King Institute of Preventive Medicine Micro-Biological Section reports 1909-11
Year: 1909
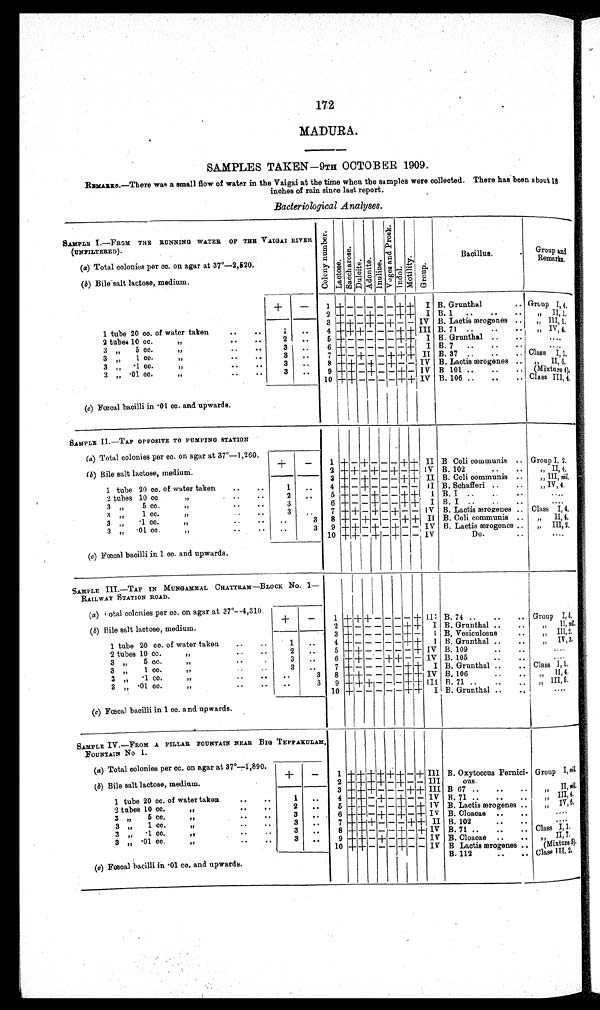
172
MADURA.
SAMPLES TAKEN—9TH OCTOBER 1909.
REMARKS.—There was a small flow of water in the Vaigai at the time when the samples were collected. There has been about 18
inches of rain since last report.
Bacteriological Analyses.
SAMPLE I.—FROM THE RUNNING WATER OF THE VAIGAI RIVER
(UNFILTERED)
C o l o n y n u m b e r .
L a c t o s e .
S a c c h a r o s e .
Du l c i t e . A d o n i t e . I n u l i n e .
V o g e s a n d P r o s k .
I ndol .
Mot i l i t y. Gr o u p .
Bacillus.
. . Group and
Remarks.
(a) Total colonies per cc. on agar at 37°—2,520.
(b) Bile salt lactose, medium.
+
-
1 + - - - - - +
+ I B. Grunthal
.. Group
I, 4.
2 + - -
+ - - + + I B. 1 ..
..
.. „ II, 1.
3 + + - + - + - - IV B. Lactis ærogenes ..
, ,
III, 1.
1 tube 20 cc. of water taken
..
..
1 ..
4 + + + - -
-
+ + III B. 71 ..
..
..
„
IV, 4.
2 tubes 10 cc.
,,
..
..
2 ..
5 + - - - - - + + I B. Grunthal ..
. .
. . . .
3 „ 5 cc.
,,
. .
. .
3 ..
6 + - - - - - - + I B. 7 ..
..
..
. . . .
3 „ 1 cc.
,,
..
..
3
. .
7 + - + - - + + + II B. 37 ..
..
.. Class I, 1.
3 , , .1 cc.
,,
..
. .
3
. . 8 + + - + - + - - IV B. Lactis ærogenes .. , ,
I I , 5 .
3 „
. 0 1 c c .
,,
. .
3 ..
9 + + - + - - + - IV B 101 ..
..
.. (Mixture 4).
10 + + - - - - +
+ IV B. 106 ..
..
.. Class III, 4.
(c) Fœcal bacilli in .01 cc. and upwards.
SAMPLE II. —TAP OPPOSITE TO PUMPING STATION
(a ) Total colonies per cc. on agar at 37°—1,260.
+
-
1 + - + - - - + + II B Coli communis .. Group I, 2.
(b) Bile salt lactose, medium.
2 + + - + - + - + IV B. 102
..
, , II, 4.
3 + - + - - - + + II B. Coli communis ..
„ III, nil.
1 tube 20 cc. of water taken ..
..
1 ..
4 + - + - - - - - II B. Schafferi ..
..
„ IV, 4.
2 tubes 10 cc
, ,
. .
. .
2 ..
5 + - - + - - + + I B. I ..
..
. . . .
3 „
5 cc.
,,
..
. .
3
6 + - - + - - + +
I
B. I ..
..
. .
. . . .
3 ,, 1 cc.
,,
. .
. .
3
. . 7 + + - + - + - - IV B. Lactis ærogenes .. Class I, 4.
3 „ .1 cc.
,,
. .
. .
. . 3 8 + - + - - - + + II B. Coli communis ..
, ,
II, 4.
3 „ .01 cc.
,,
..
. .
. .
3 9 + + - + - + - - IV B. Lactis ærogenes .. „ III, 2.
10 + + - + - + - - IV
Do.
. .
....
(c) Fœcal bacilli in 1 cc. and upwards.
SAMPLE III.—TAP IN MUNGAMMAL CHATTRAM—BLOCK No. 1—
RAILWAY STATION ROAD.
(a ) Total colonies per cc. on agar at 37°—4,310.
+
-
1 + + + - - - - + I I I B. 74 ..
..
.. Group I, 5 .
(b) Bile salt lactose, medium.
2 + - - - - - + + I B. Grunthal ..
..
„ II, nil.
3 + - - - - - + - I B. Vesiculosus
..
„ III, 2 .
1 tube 20 cc. of water taken ..
..
1 ..
4 + - - - - - + + I B. Grunthal ..
..
, , IV, 3.
2 tubes 10 cc.
,,
. .
. .
2 ..
5 + + - - - - - + IV B. 109
..
. .
. . . .
3 „ 5 cc.
,, ..
..
3 ..
6 + + - - + + - - IV B. 105
..
. . . .
3 „ 1 cc.
, ,
. .
. .
3 ..
7 + - - - - - + + I B. Grunthal
..
Class I, 1.
3 „ .1 cc.
,,
..
. .
. .
3 8 + + - - - - + + IV B. 106
..
. .
, , II, 4.
3 „ .01 cc.
,,
. .
. .
3 9 + + + - - - + + III B. 71 ..
..
,, III, 5 .
10 +- - - - - +
+
I B. Grunthal ..
. .
....
(c) Fœcal bacilli in 1 cc. and upwards.
,
SAMPLE IV.—FROM A PILLAR FOUNTAIN NEAR BIG TEPPAKULAM,
FOUNTAIN No 1.
(a) Total colonies per cc. on agar at 37°—1,890.
+
-
1 ++ + + +
+
- + III B. Oxytoccus Pernici- Group I,nil.
(b) Bile salt lactose, medium.
2 + + + -
-
+ - - III
ous.
3 + + + - - - + + III B. 67..
..
..
II,nil.
1 tube 20 cc. of water taken
..
..
1 ..
4 + + + + - + - - IV B. 71 ..
..
„ III, 4.
2 tubes 10 cc.
,,
. .
2
. .
5 + + - - - + - + IV B. Lactis ærogenes ..
„ IV, 6.
3 , , 5 cc.
,,
..
. .
3
. . 6 + + - + - + - + IV B. Cloacae ..
....
3 „ 1 cc.
,, ..
..
3
. .
7 + + + - - - + + II B. 102
. .
. . . .
3 „ .1 cc.
,,
..
. .
3
. .
8 + + - - - + - + IV B. 71
. .
Class I, 1.
3 „ .01 cc.
,,
..
. .
3
. .
9 + + - + - + - - IV B. Cloacae ..
.. „ II, 7.
10 + + - - - + - - IV B Lactis ærogenes .. (Mixture 5).
(c) Fœcal bacilli in .01 cc. and upwards.
B. 112
..
.. Class I I I , 2
.